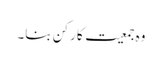
وہ جمعیت کا رکن بنا۔